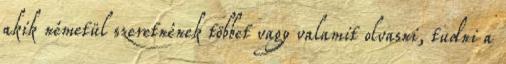
akik németül szeretnének többet vagy valamit olvasni, tudni a